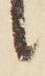
候